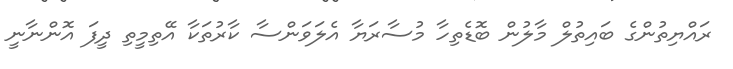
ރައްޔިތުންގެ ބައިތުލް މާލުން ބޮޑެތިހާ މުސާރަޔާ އެލަވަންސާ ކާރުތަކާ އޭތިމީތި ދީފަ އޮންނާނީ